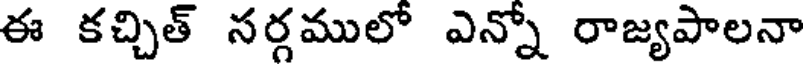
ఈ కచ్చిత్ సర్గములో ఎన్నో రాజ్యపాలనా